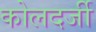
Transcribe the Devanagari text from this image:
कोलदर्जी